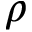
\rho